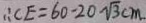
\therefore C E = 6 0 - 2 0 \sqrt { 3 } c m